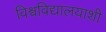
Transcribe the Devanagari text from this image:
विश्वविद्यालयाशी